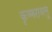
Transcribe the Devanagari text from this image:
कृष्णरायलु